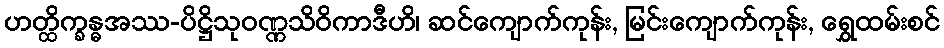
ဟတ္ထိက္ခန္ဓအဿ-ပိဋ္ဌိသုဝဏ္ဏသိဝိကာဒီဟိ၊ ဆင်ကျောက်ကုန်း, မြင်းကျောက်ကုန်း, ရွှေထမ်းစင်